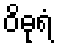
ဝိဓုရံ